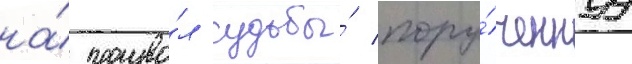
на́ произво́л судьбы́ пору́ченнуу